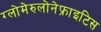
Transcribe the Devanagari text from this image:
ग्लोमेरुलोनेफ्राइटिस